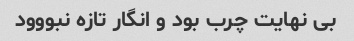
بی نهایت چرب بود و انگار تازه نبووود